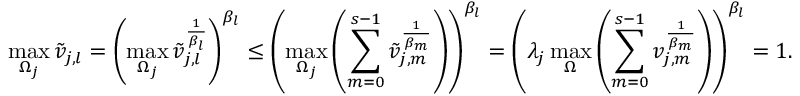
\operatorname* { m a x } _ { \Omega _ { j } } \tilde { v } _ { j , l } = \left( \operatorname* { m a x } _ { \Omega _ { j } } \tilde { v } _ { j , l } ^ { \frac { 1 } { \beta _ { l } } } \right) ^ { \beta _ { l } } \leq \left( \operatorname* { m a x } _ { \Omega _ { j } } \left( \sum _ { m = 0 } ^ { s - 1 } { \tilde { v } _ { j , m } } ^ { \frac { 1 } { \beta _ { m } } } \right) \right) ^ { \beta _ { l } } = \left( \lambda _ { j } \operatorname* { m a x } _ { \Omega } \left( \sum _ { m = 0 } ^ { s - 1 } v _ { j , m } ^ { \frac { 1 } { \beta _ { m } } } \right) \right) ^ { \beta _ { l } } = 1 .